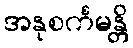
အနုစင်္ကမန္တိ